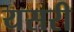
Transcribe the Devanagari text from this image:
यसरी